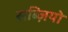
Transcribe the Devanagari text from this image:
सब्ज़ियो